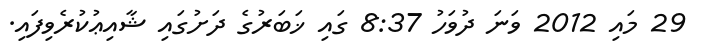
29 މައި 2012 ވަނަ ދުވަހު 8:37 ގައި ޚަބަރުގެ ދަށުގައި ޝާއިޢުކުރެވިފައި.